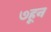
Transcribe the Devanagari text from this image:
७हून